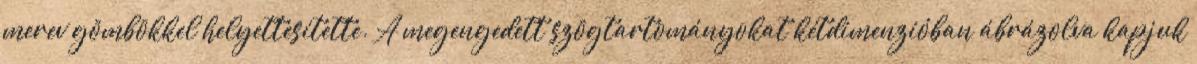
merev gömbökkel helyettesítette. A megengedett szögtartományokat kétdimenzióban ábrázolva kapjuk